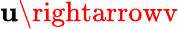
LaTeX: \mathbf{u}\rightarrowv